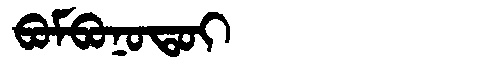
Manchu: ᠪᠣᠮᠪᠣᠨᠣᡨᠣᡳ
Romanization: BOMBONOTOI